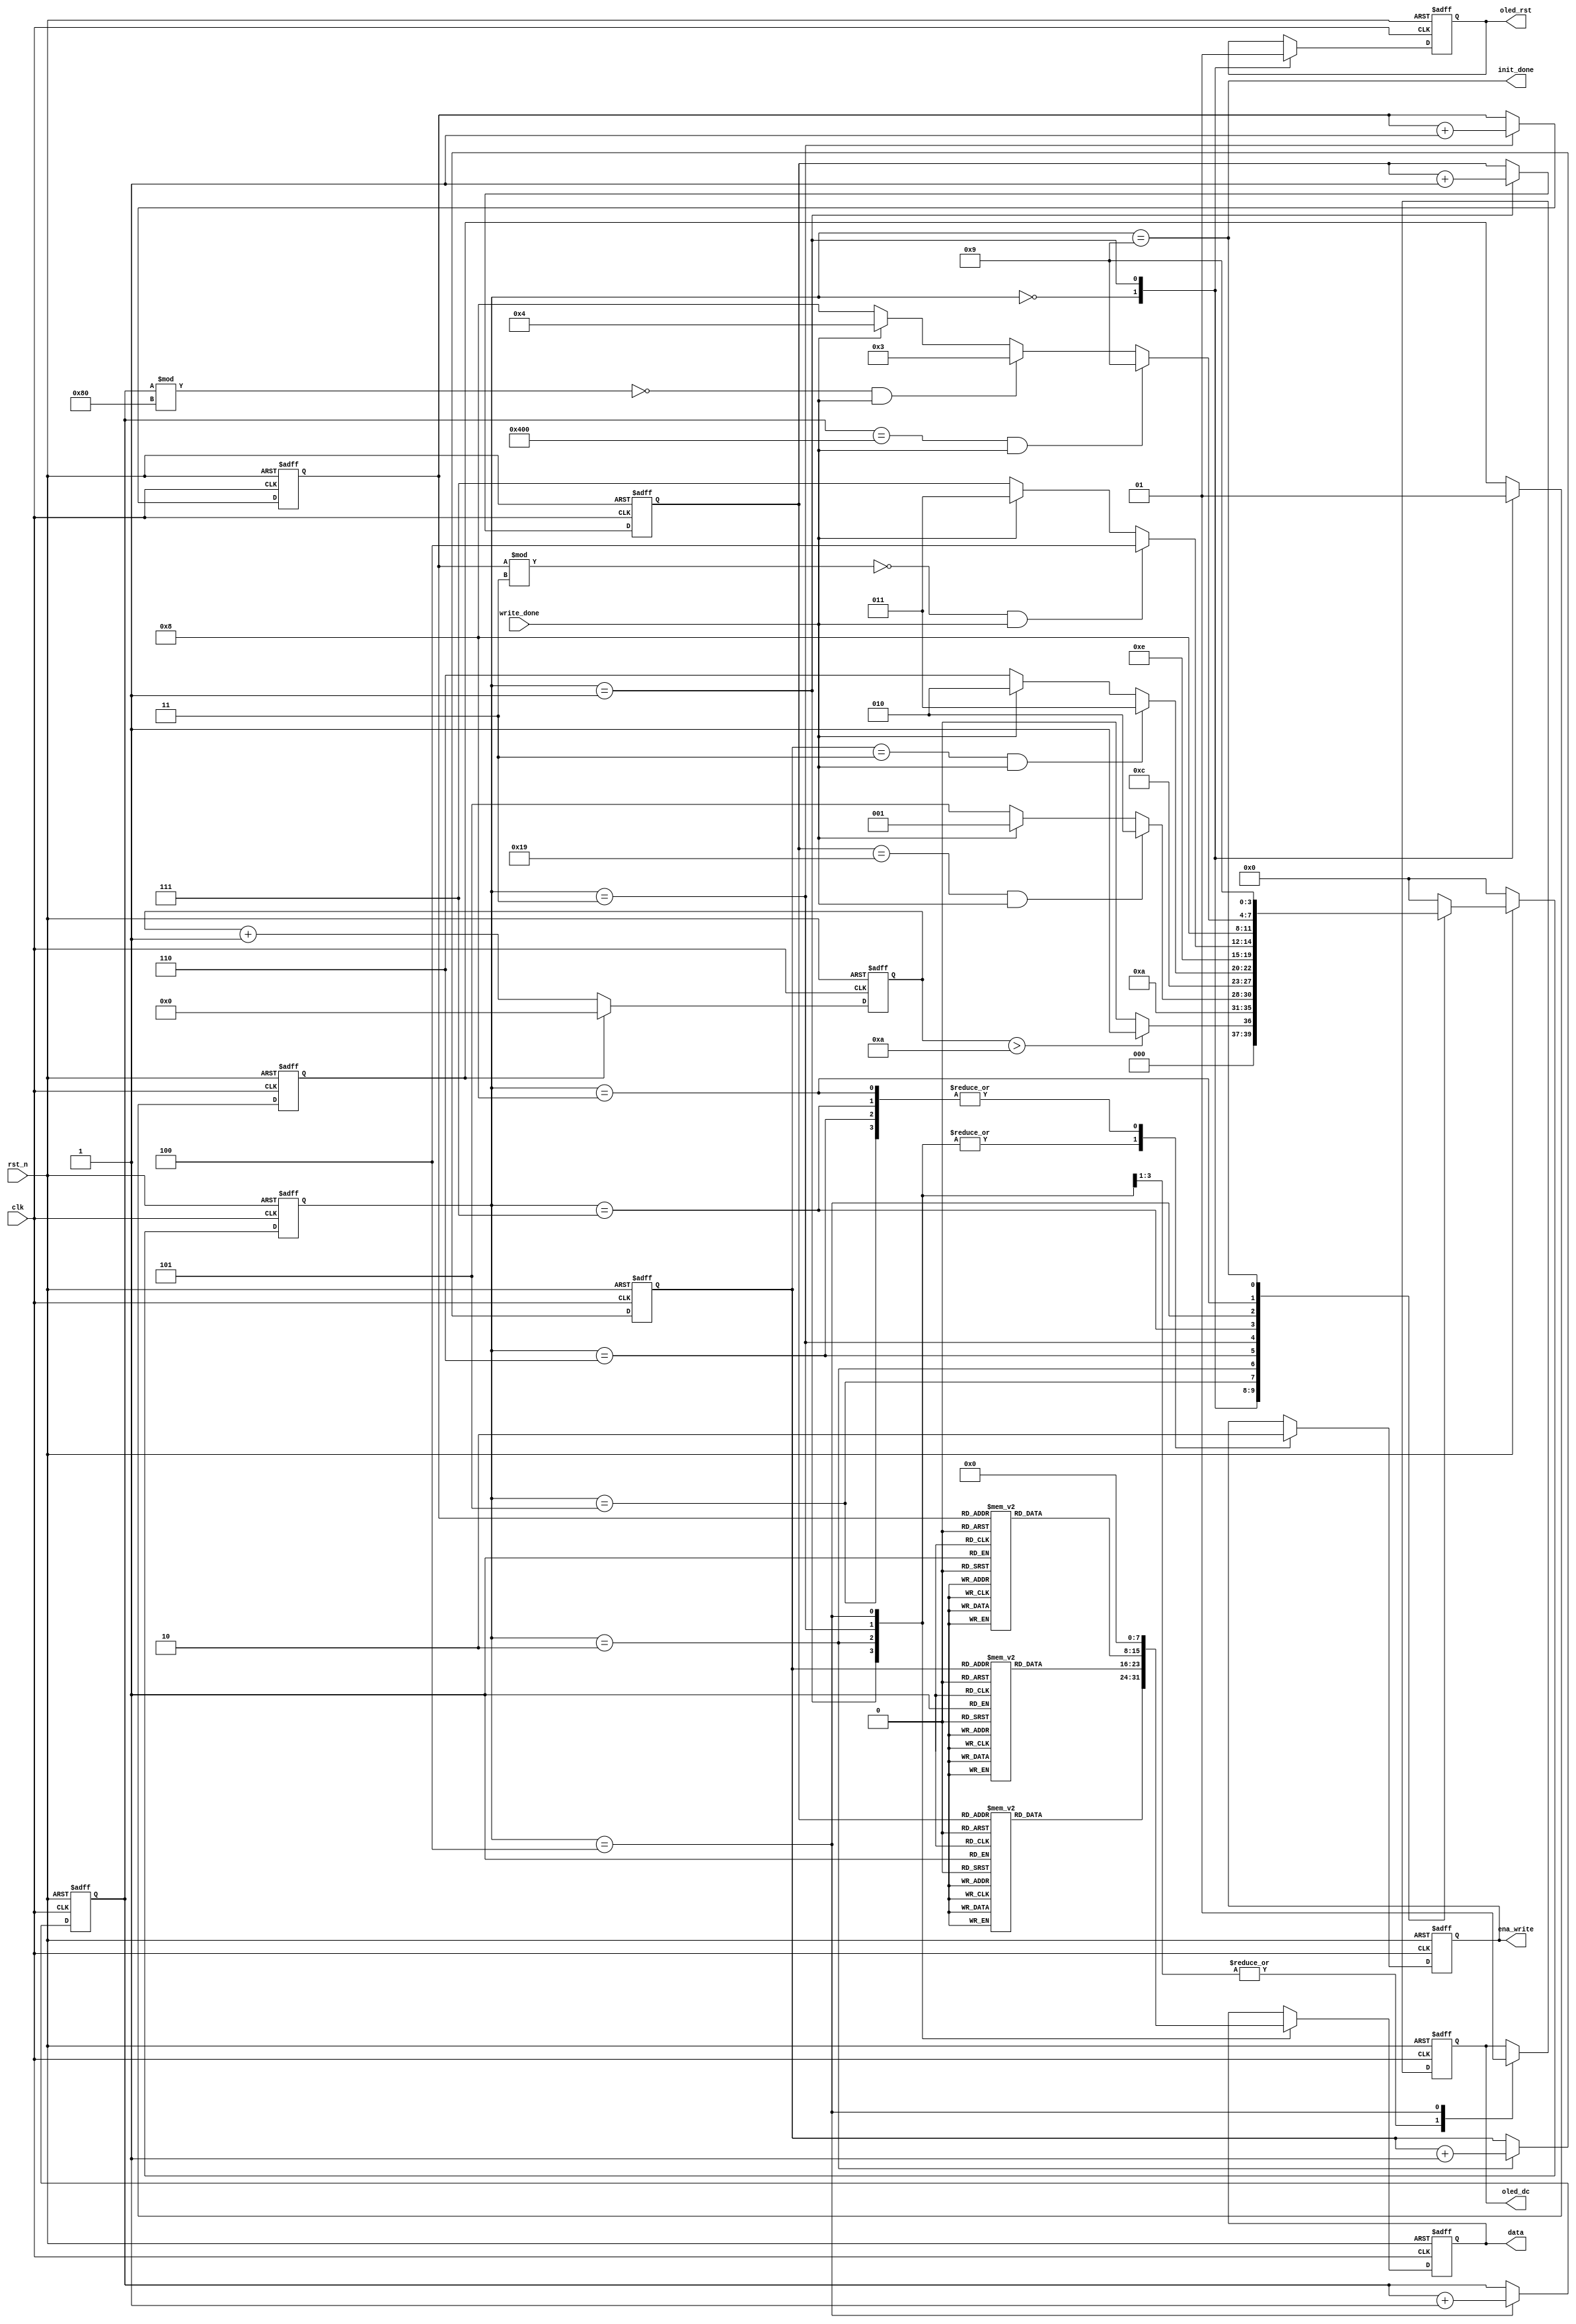
module oled_init(
	input clk,					// 1m
	input rst_n,				//
	input write_done,			//spi 
	output reg oled_rst,		//oled
	output reg oled_dc,		//oleddc 
	output reg [7:0] data,	//spi
	output reg ena_write,	//spi
	output init_done			//
);

reg [20:0] us_cnt;			//us 
reg us_cnt_clr;				//
parameter RST_NUM = 10;		//1000_000 //1s
//
//  oled oled oled
// oled  
parameter Rst=0,Init=1,OledOn=2,ClearCmd=3,ClearData=4,WaitInit=5,WaitOn=6,WaitClearCmd=7,WaitClearData=8,Done=9;

reg[3:0] state,next_state;//


	
reg [7:0] init_cmd[27:0];	//
reg [4:0] init_cmd_cnt;		//

reg [7:0] oled_on_cmd[2:0];//oled
reg [1:0] oled_on_cmd_cnt;	//oled

reg [7:0] clear_cmd[24:0];	//
reg [4:0] clear_cmd_cnt;	//

reg [10:0] clear_data_cnt;	//


//
//
initial begin	
	init_cmd[0] = 8'hAE;				init_cmd[1] = 8'hD5;				init_cmd[2] = 8'h80;				init_cmd[3] = 8'hA8;
	init_cmd[4] = 8'h3F;				init_cmd[5] = 8'hD3;				init_cmd[6] = 8'h00;				init_cmd[7] = 8'h40;
	init_cmd[8] = 8'h8D;				init_cmd[9] = 8'h10|8'h04;		init_cmd[10] = 8'h20;			init_cmd[11] = 8'h02;
	init_cmd[12] = 8'hA0|8'h01;	init_cmd[13] = 8'hC0;			init_cmd[14] = 8'hDA;			init_cmd[15] = 8'h02|8'h10;
	init_cmd[16] = 8'h81;			init_cmd[17] = 8'hCF;			init_cmd[18] = 8'hD9;			init_cmd[19] = 8'hF1;
	init_cmd[20] = 8'hDB;			init_cmd[21] = 8'h40;			init_cmd[22] = 8'hA4|8'h00;	init_cmd[23] = 8'hA6|8'h00;
	init_cmd[24] = 8'hAE|8'h01;
end

/*
//
//
//
initial begin
	init_cmd[0] = 8'hAE;	init_cmd[1] = 8'h00;	init_cmd[2] = 8'h10;	init_cmd[3] = 8'h00;
	init_cmd[4] = 8'hB0;	init_cmd[5] = 8'h81;	init_cmd[6] = 8'hFF;	init_cmd[7] = 8'hA1;
	init_cmd[8] = 8'hA6;	init_cmd[9] = 8'hA8;	init_cmd[10] = 8'h1F;init_cmd[11] = 8'hC8;
	init_cmd[12] = 8'hD3;init_cmd[13] = 8'h00;init_cmd[14] = 8'hD5;init_cmd[15] = 8'h80;
	init_cmd[16] = 8'hD9;init_cmd[17] = 8'h1f;init_cmd[18] = 8'hD9;init_cmd[19] = 8'hF1;
	init_cmd[20] = 8'hDA;init_cmd[21] = 8'h00;init_cmd[22] = 8'hDB;init_cmd[23] = 8'h40;
end
*/

//oled
initial begin
	oled_on_cmd[0] = 8'h8D;oled_on_cmd[1] = 8'h14;oled_on_cmd[2] = 8'hAF;
end

//oled
//
initial begin
	clear_cmd[0] = 8'hB0;clear_cmd[1] = 8'h00;clear_cmd[2] = 8'h10;//0
	clear_cmd[3] = 8'hB1;clear_cmd[4] = 8'h00;clear_cmd[5] = 8'h10;//1
	clear_cmd[6] = 8'hB2;clear_cmd[7] = 8'h00;clear_cmd[8] = 8'h10;//2
	clear_cmd[9] = 8'hB3;clear_cmd[10] = 8'h00;clear_cmd[11] = 8'h10;//3
	clear_cmd[12] = 8'hB4;clear_cmd[13] = 8'h00;clear_cmd[14] = 8'h10;//4
	clear_cmd[15] = 8'hB5;clear_cmd[16] = 8'h00;clear_cmd[17] = 8'h10;//5
	clear_cmd[18] = 8'hB6;clear_cmd[19] = 8'h00;clear_cmd[20] = 8'h10;//6
	clear_cmd[21] = 8'hB7;clear_cmd[22] = 8'h00;clear_cmd[23] = 8'h10;//7
end


//1
always @ (posedge clk or negedge rst_n) begin
    if (!rst_n)
        us_cnt <= 21'd0;
    else if (us_cnt_clr)
        us_cnt <= 21'd0;
    else 
        us_cnt <= us_cnt + 1'b1;
end 

// always(*)
//
// 
//
//
//
always @(*) begin
	if(!rst_n) begin
		next_state = Rst;
	end
	else begin
		case(state)
			//
			//
			Rst: 
				next_state = us_cnt > RST_NUM ? Init : Rst;
			
			//
			Init: 
				next_state = WaitInit;	//
			
			//
			//cmd cnt1
			//25 
			//spi spi spi
			//&&write_done
			WaitInit: 
				next_state = (init_cmd_cnt == 5'd25&&write_done) ? OledOn : (write_done ? Init : WaitInit);	
				
							
			
			//oled
			OledOn: 
				next_state = WaitOn;
			
			//oled
			// 
			// spi 
			WaitOn: 
				next_state = (oled_on_cmd_cnt == 2'd3&&write_done) ? ClearCmd : (write_done ? OledOn : WaitOn);	
			
			//
			ClearCmd: 
				next_state = WaitClearCmd;

			
			//			
			// 3
			//0
			WaitClearCmd: 
				next_state = (clear_cmd_cnt % 2'd3 == 0 && write_done) ? ClearData : (write_done ? ClearCmd : WaitClearCmd);
				
			
			//
			ClearData:
				next_state = WaitClearData;
			
			//
			//112871024
			//1128128
			//01
			WaitClearData: 
				next_state = (clear_data_cnt == 11'd1024&&write_done) ? Done : (clear_data_cnt % 11'd128 == 0&&write_done ? ClearCmd : (write_done ? ClearData : WaitClearData));
			
			//
			Done: 
				next_state = Done;

			default: 
				next_state = Rst;
				
		endcase
	end
end

//
//Latch
//
always @(posedge clk,negedge rst_n) begin
	if(!rst_n) begin
		oled_rst <= 1'b0;
		us_cnt_clr <= 1'b1;
		oled_dc <= 1'b1;
		data <= 8'h10;
		ena_write <= 1'b0;
	end
	else begin
		case(state)
			//
			Rst:begin
					oled_rst <= 1'b0;
					us_cnt_clr <= 1'b0;
			end
			
			//
			Init:begin
				oled_rst <= 1'b1;
				us_cnt_clr <= 1'b1;	//
				ena_write <= 1'b1;			//
				oled_dc <= 1'b0;			//
				data <= init_cmd[init_cmd_cnt];//
			end
			
			//
			WaitInit: begin
				ena_write <= 1'b0;			//		
			end
			
			//oled
			OledOn:begin
				ena_write <= 1'b1;			//
				oled_dc <= 1'b0;			//
				data <= oled_on_cmd[oled_on_cmd_cnt];	
			end
			
			//oled
			WaitOn:begin
				ena_write <= 1'b0;			//
			end
			
			//
			ClearCmd:begin
				ena_write <= 1'b1;
				oled_dc <= 1'b0;
				data <= clear_cmd[clear_cmd_cnt];
			end
			
			//
			WaitClearCmd:begin
				ena_write <= 1'b0;
			end
			
			//
			ClearData:begin
				ena_write <= 1'b1;
				oled_dc <= 1'b1;
				data <= 8'h00;
			end
			
			//
			WaitClearData:begin
				ena_write <= 1'b0;
			end
		endcase
	end
end

//
always @(posedge clk,negedge rst_n) begin
	if(!rst_n)	
		state <= Rst;
	else
		state <= next_state;
end

//
always @(posedge clk,negedge rst_n) begin
	if(!rst_n) begin
		init_cmd_cnt <= 5'd0;
		oled_on_cmd_cnt <= 4'd0;
		clear_cmd_cnt <=3'd0;
		clear_data_cnt <= 11'd0;
	end
	else begin
		case(state)
			Init:			init_cmd_cnt <= init_cmd_cnt + 1'b1;
			OledOn:		oled_on_cmd_cnt <= oled_on_cmd_cnt + 1'b1;
			ClearCmd:	clear_cmd_cnt <= clear_cmd_cnt + 1'b1;
			ClearData:	clear_data_cnt <= clear_data_cnt + 1'b1;
			default:begin
				init_cmd_cnt <= init_cmd_cnt;
				oled_on_cmd_cnt <= oled_on_cmd_cnt;
				clear_cmd_cnt <= clear_cmd_cnt;
				clear_data_cnt <= clear_data_cnt;
			end
		endcase
	end
end

assign init_done = (state == Done);


endmodule